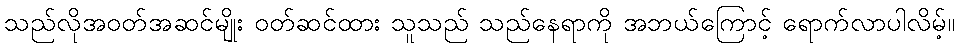
သည်လိုအဝတ်အဆင်မျိုး ဝတ်ဆင်ထား သူသည် သည်နေရာကို အဘယ်ကြောင့် ရောက်လာပါလိမ့်။